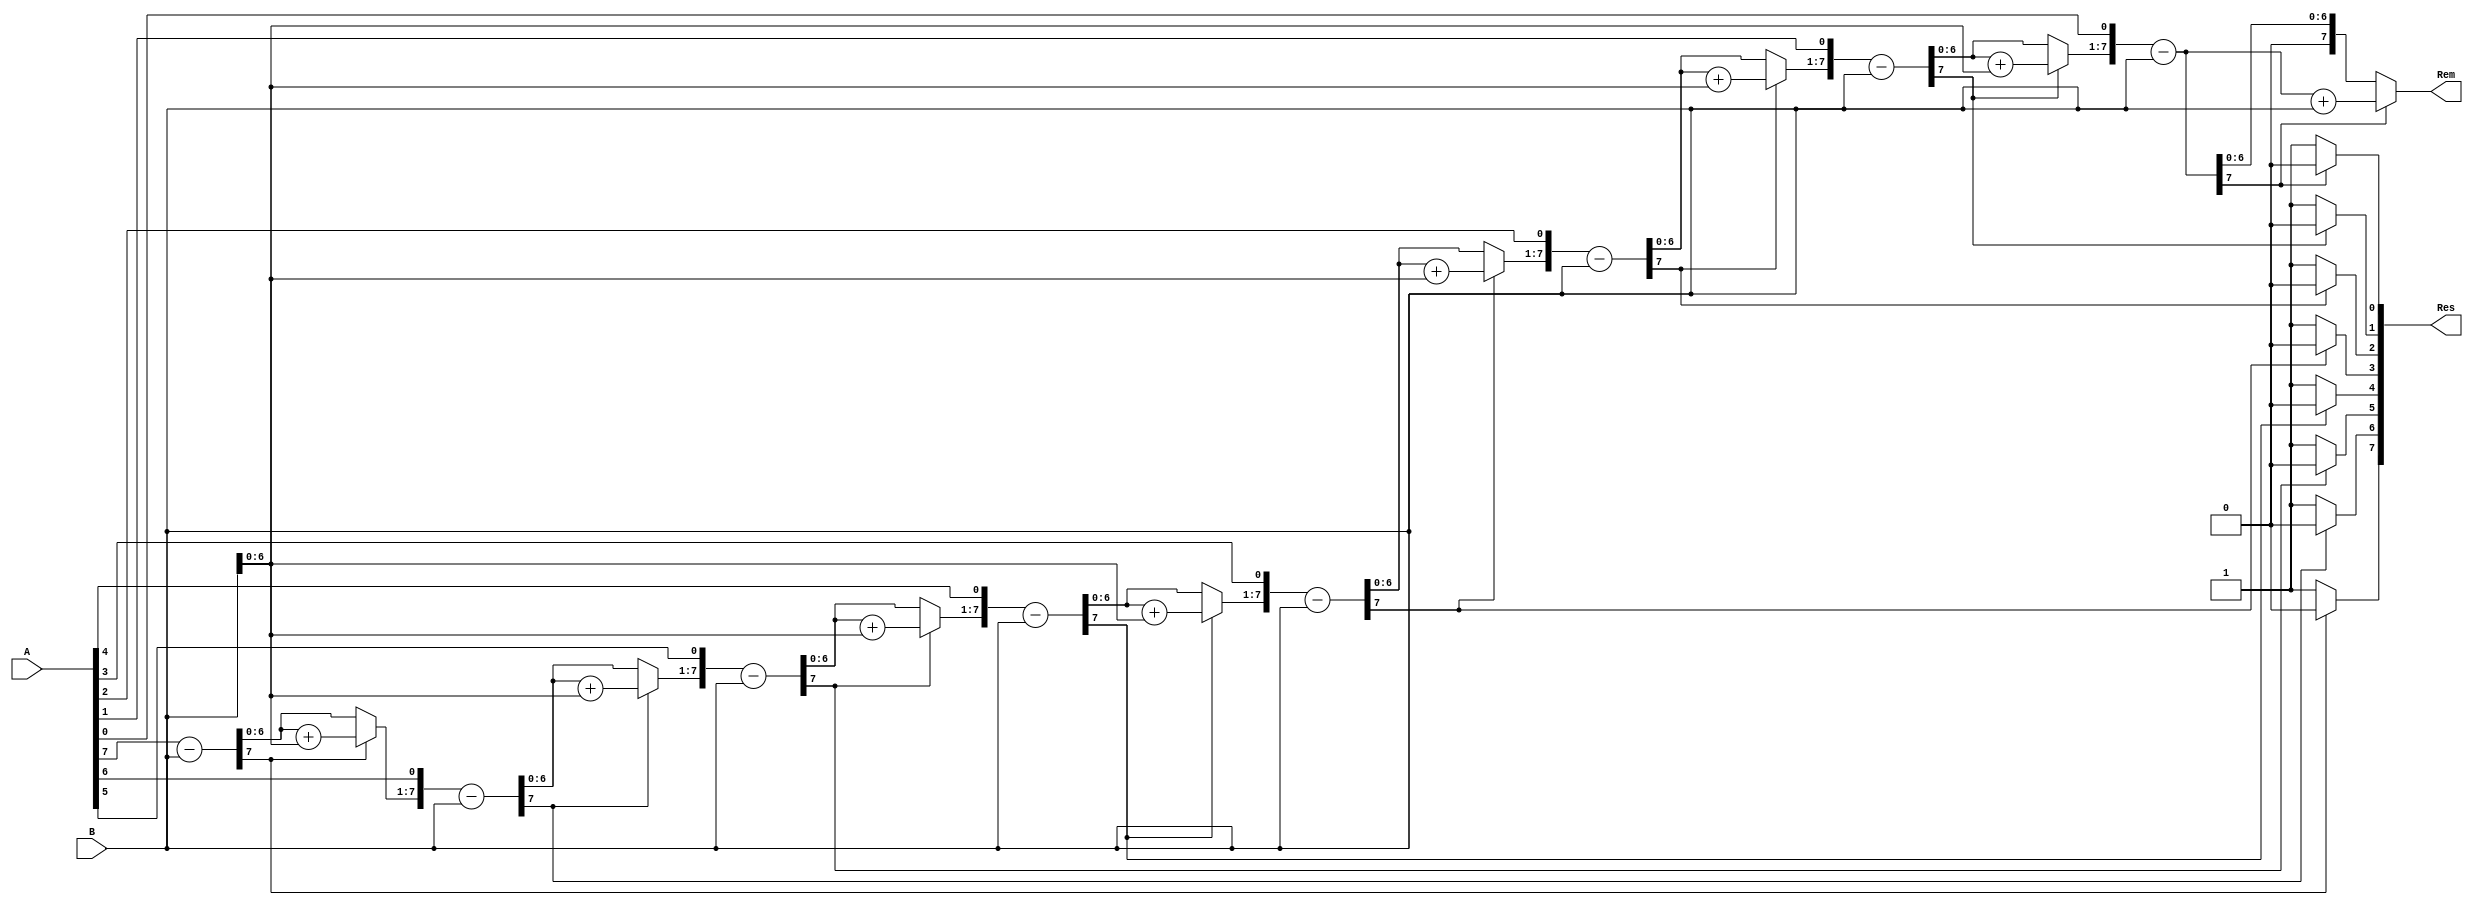
module division(A, B, Res, Rem);

  // the size of input and output ports of the division module is generic.
  parameter WIDTH = 8;

  // input and output ports.
  input [WIDTH-1:0] A;
  input [WIDTH-1:0] B;
  output [WIDTH-1:0] Res;
  output reg [WIDTH-1:0] Rem;

  // internal variables
  reg [WIDTH-1:0] Res;
  reg [WIDTH-1:0] a1, b1;
  reg [WIDTH:0] p1;
  integer i;

  always @(A or B)
    begin
      // initialize the variables.
      a1 = A;
      b1 = B;
      p1 = 0;

      for (i = 0; i < WIDTH; i = i + 1) begin
        // Shift in the next bit of the dividend and subtract the divisor.
        p1 = {p1[WIDTH-2:0], a1[WIDTH-1]};
        a1[WIDTH-1:1] = a1[WIDTH-2:0];
        p1 = p1 - b1;

        // Check if the result is negative (borrow occurred).
        // If so, add the divisor back and set the corresponding bit of a1 to 1.
        if (p1[WIDTH-1] == 1'b1) begin
          a1[0] = 0;
          p1 = p1 + b1;
        end else begin
          a1[0] = 1;
        end
      end

      // After the loop, the quotient is in a1 and the remainder is in p1.
      Res = a1;
      Rem = p1;
    end

endmodule